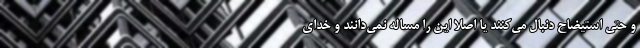
و حتی استیضاح دنبال می‌کنند یا اصلا این را مساله نمی‌دانند و خدای